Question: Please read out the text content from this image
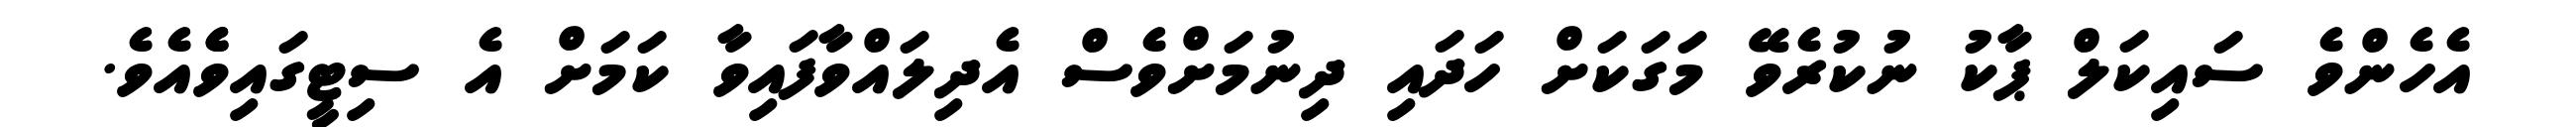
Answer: އެހެންވެ ސައިކަލް ޕާކު ނުކުރެވޭ މަގަކަށް ހަދައި ދިނުމަށްވެސް އެދިލައްވާފައިވާ ކަމަށް އެ ސިޓީގައިވެެއެވެ.